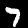
Digit: 7